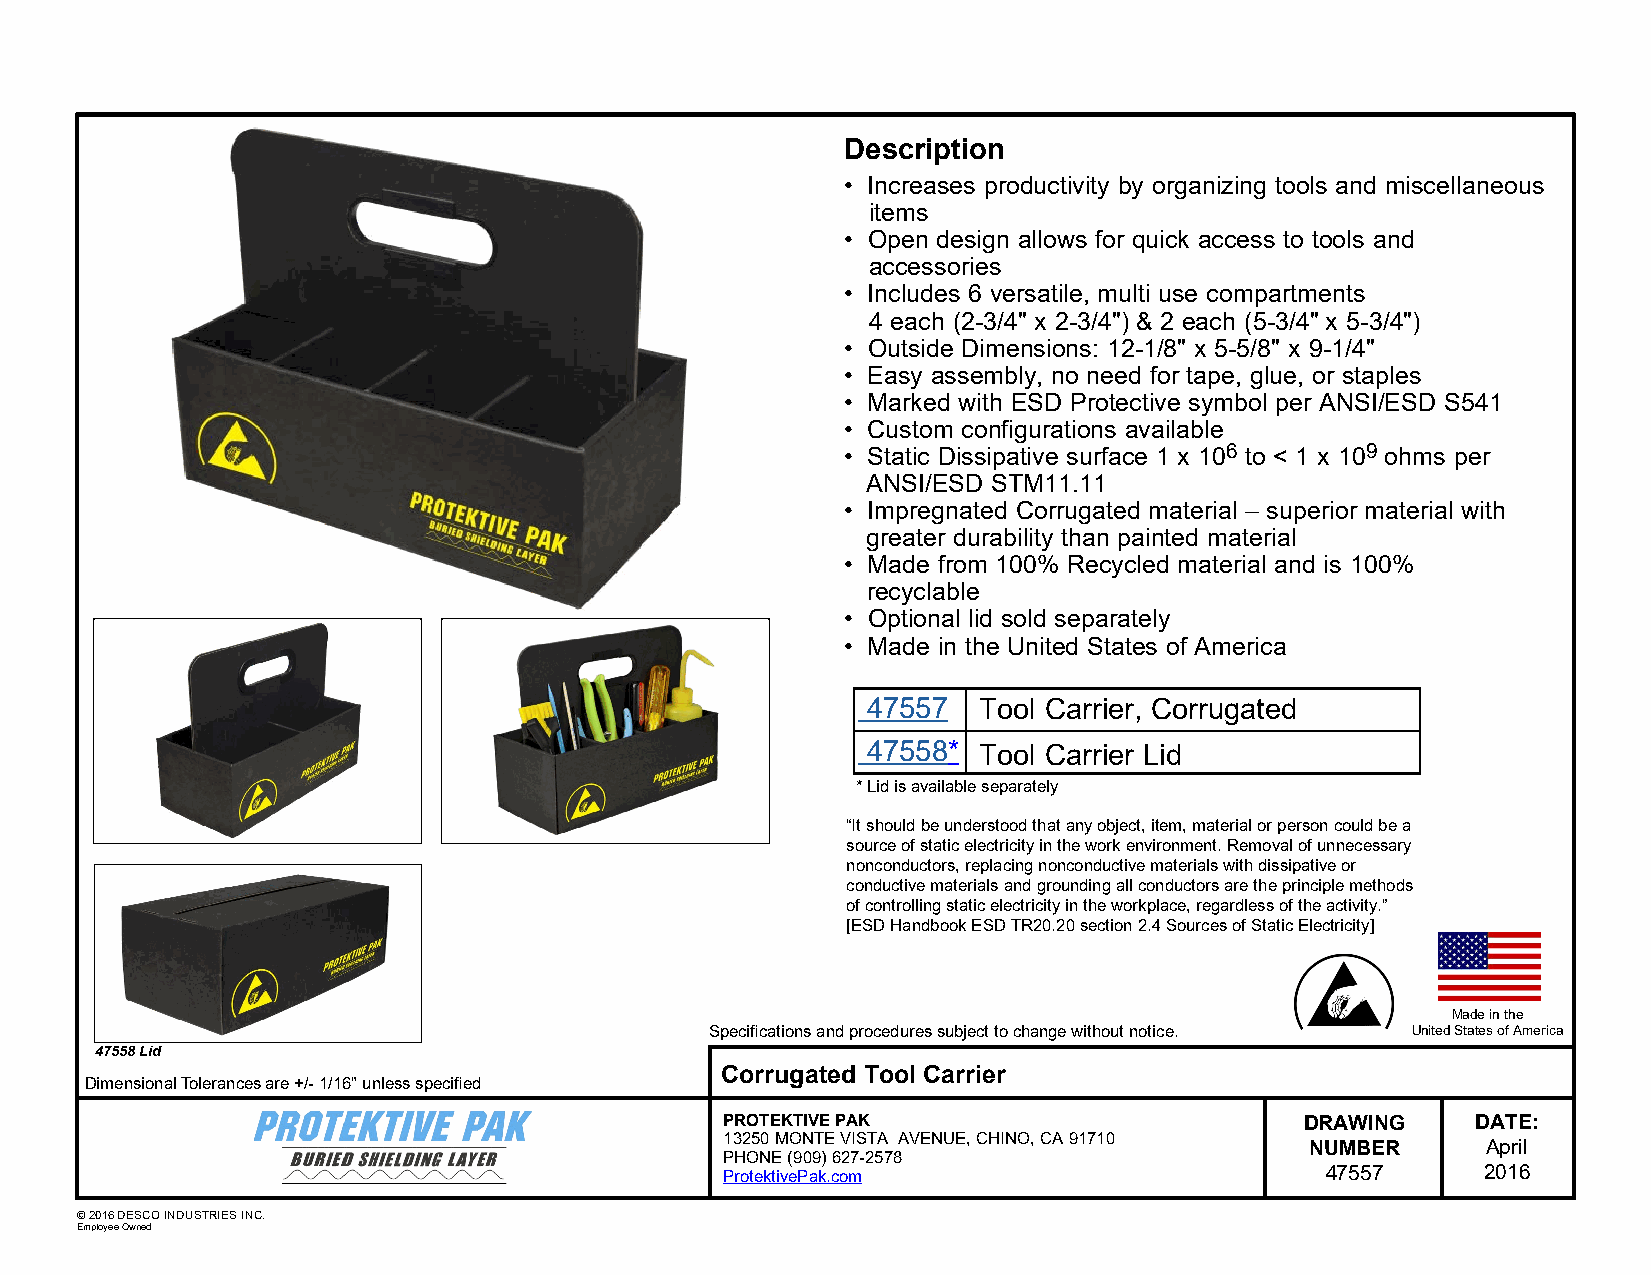
Description
 • Increases productivity by organizing tools and miscellaneous
 items
 • Open design allows for quick access to tools and
 accessories
 • Includes 6 versatile, multi use compartments
 4 each (2-3/4" x 2-3/4") & 2 each (5-3/4" x 5-3/4")
 • Outside Dimensions: 12-1/8" x 5-5/8" x 9-1/4"
 • Easy assembly, no need for tape, glue, or staples
 • Marked with ESD Protective symbol per ANSI/ESD S541
 • Custom configurations available
 • Static Dissipative surface 1 x 106 to < 1 x 109 ohms per
 ANSI/ESD STM11.11
 • Impregnated Corrugated material – superior material with
 greater durability than painted material
 • Made from 100% Recycled material and is 100%
 recyclable
 • Optional lid sold separately
 • Made in the United States of America
 47557   Tool Carrier, Corrugated
 47558*  Tool Carrier Lid
 * Lid is available separately
 “It should be understood that any object, item, material or person could be a
 source of static electricity in the work environment. Removal of unnecessary
 nonconductors, replacing nonconductive materials with dissipative or
 conductive materials and grounding all conductors are the principle methods
 of controlling static electricity in the workplace, regardless of the activity.”
 [ESD Handbook ESD TR20.20 section 2.4 Sources of Static Electricity]
 Made in the
 Specifications and procedures subject to change without notice. United States of America
 47558 Lid
 Corrugated Tool Carrier
 Dimensional Tolerances are +/- 1/16" unless specified
 PROTEKTIVE PAK                        DRAWING     DATE:
 13250 MONTE VISTA AVENUE, CHINO, CA 91710
 NUMBER     April
 PHONE (909) 627-2578
 ProtektivePak.com                       47557     2016
 © 2016 DESCO INDUSTRIES INC.
 Employee Owned